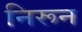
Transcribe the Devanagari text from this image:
निरून